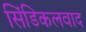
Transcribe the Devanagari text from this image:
सिंडिकलवाद